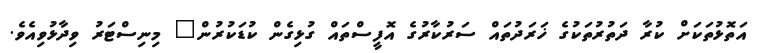
އަތޮޅުތަކަށް ކުރާ ދަތުރުތަކުގެ ޚަރަދުތައް ސަރުކާރުގެ އޮފީސްތައް ގުޅިގެން ކުޑަކުރުން" މިނިސްޓަރު ވިދާޅުވިއެވެ.